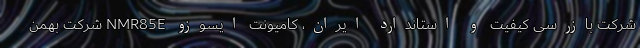
شرکت بازرسی کیفیت و استاندارد ایران، کامیونت ایسوزو NMR85E شرکت بهمن